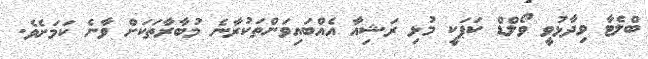
ބްލެޓާ ވިދާޅުވީ ވޯލްޑް ކަޕަކީ މުޅި ރަޝިއާ އެއްބައިވަންތަކުރާނެ މުބާރާތަކަށް ވާނެ ކަމަށެވެ.